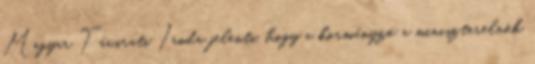
Magyar Távirati Iroda jelenti, hogy a kormányzó a miniszterelnök